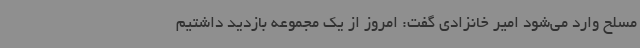
مسلح وارد می‌شود امیر خانزادی گفت: امروز از یک مجموعه بازدید داشتیم